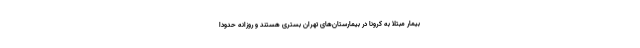
بیمار مبتلا به کرونا در بیمارستان‌های تهران بستری هستند و روزانه حدودا